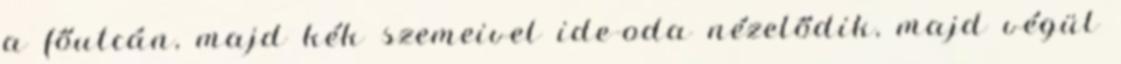
a főutcán, majd kék szemeivel ide-oda nézelődik, majd végül